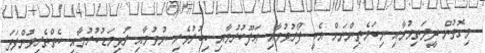
މިގޮތުން ދީލަތިވުމާއި ނިކަމެތިންނަށް އެހީ ފޯރުވުމާއި ޢަފޫކުރުމާއި ކިބުރުވެރި ނުވުމާއި ރުޅިމަޑުކުރުމާއި ކެތްތެރިވުންފަދަ